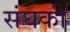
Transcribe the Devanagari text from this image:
संघकी